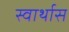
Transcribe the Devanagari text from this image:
स्वार्थास